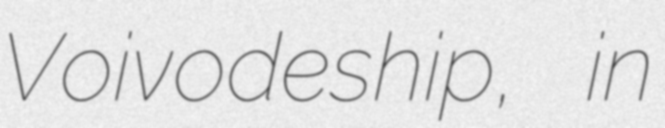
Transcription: Voivodeship, in